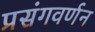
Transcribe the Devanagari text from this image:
प्रसंगवर्णन